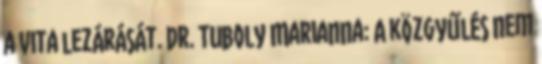
a vita lezárását. Dr. Tuboly Marianna: A közgyűlés nem